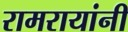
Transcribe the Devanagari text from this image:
रामरायांनी